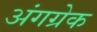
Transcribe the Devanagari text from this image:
अंगग्रेक